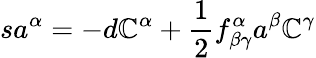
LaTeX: sa^{\alpha}=-d\mathbb{C}^{\alpha}+\frac{{1}}{{2}}f_{\beta\gamma}^{\alpha}a^{\beta}\mathbb{C}^{\gamma}